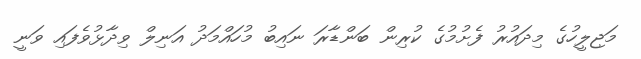
މަޖިލީހުގެ މިދައުރު ފެށުމުގެ ކުރިން ބަންޑާރަ ނައިބު މުހައްމަދު އަނިލް ވިދާޅުވެފައި ވަނީ